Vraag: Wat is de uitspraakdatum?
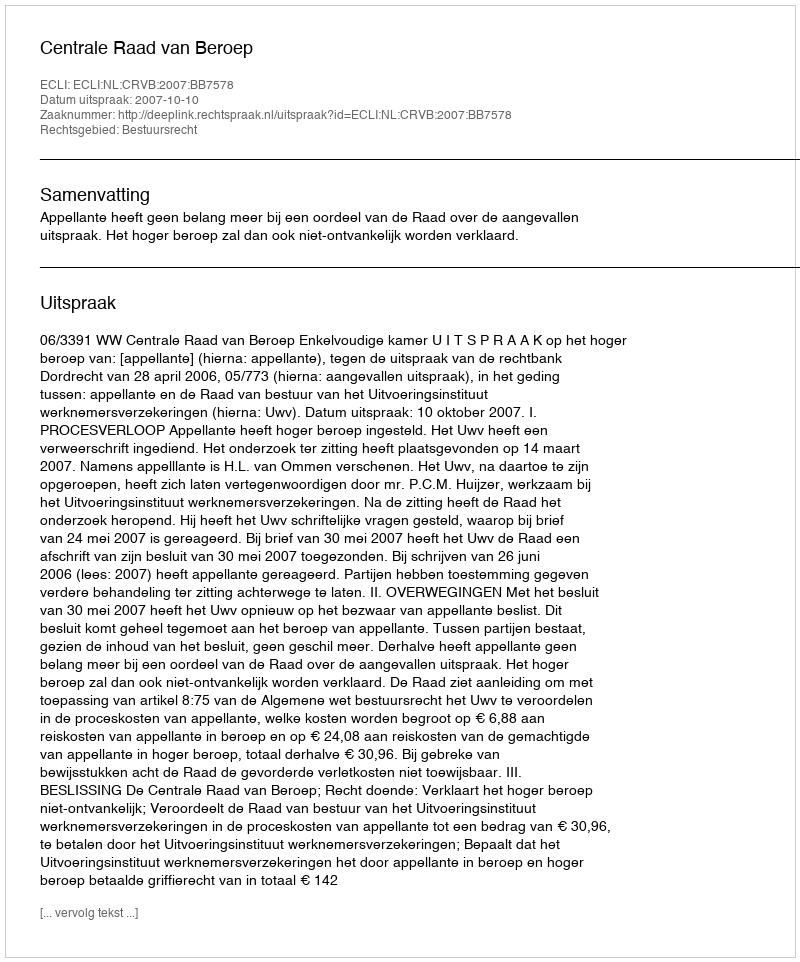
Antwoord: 2007-10-10